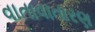
વાતાવાતારણ